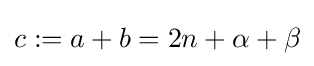
c:=a+b=2n+\alpha +\beta